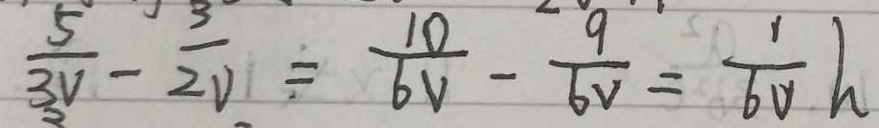
\frac { 5 } { 3 V } - \frac { 3 } { 2 V } = \frac { 1 0 } { 6 V } - \frac { 9 } { 6 V } = \frac { 1 } { 6 V } h